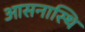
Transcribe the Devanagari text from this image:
आसनास्थि